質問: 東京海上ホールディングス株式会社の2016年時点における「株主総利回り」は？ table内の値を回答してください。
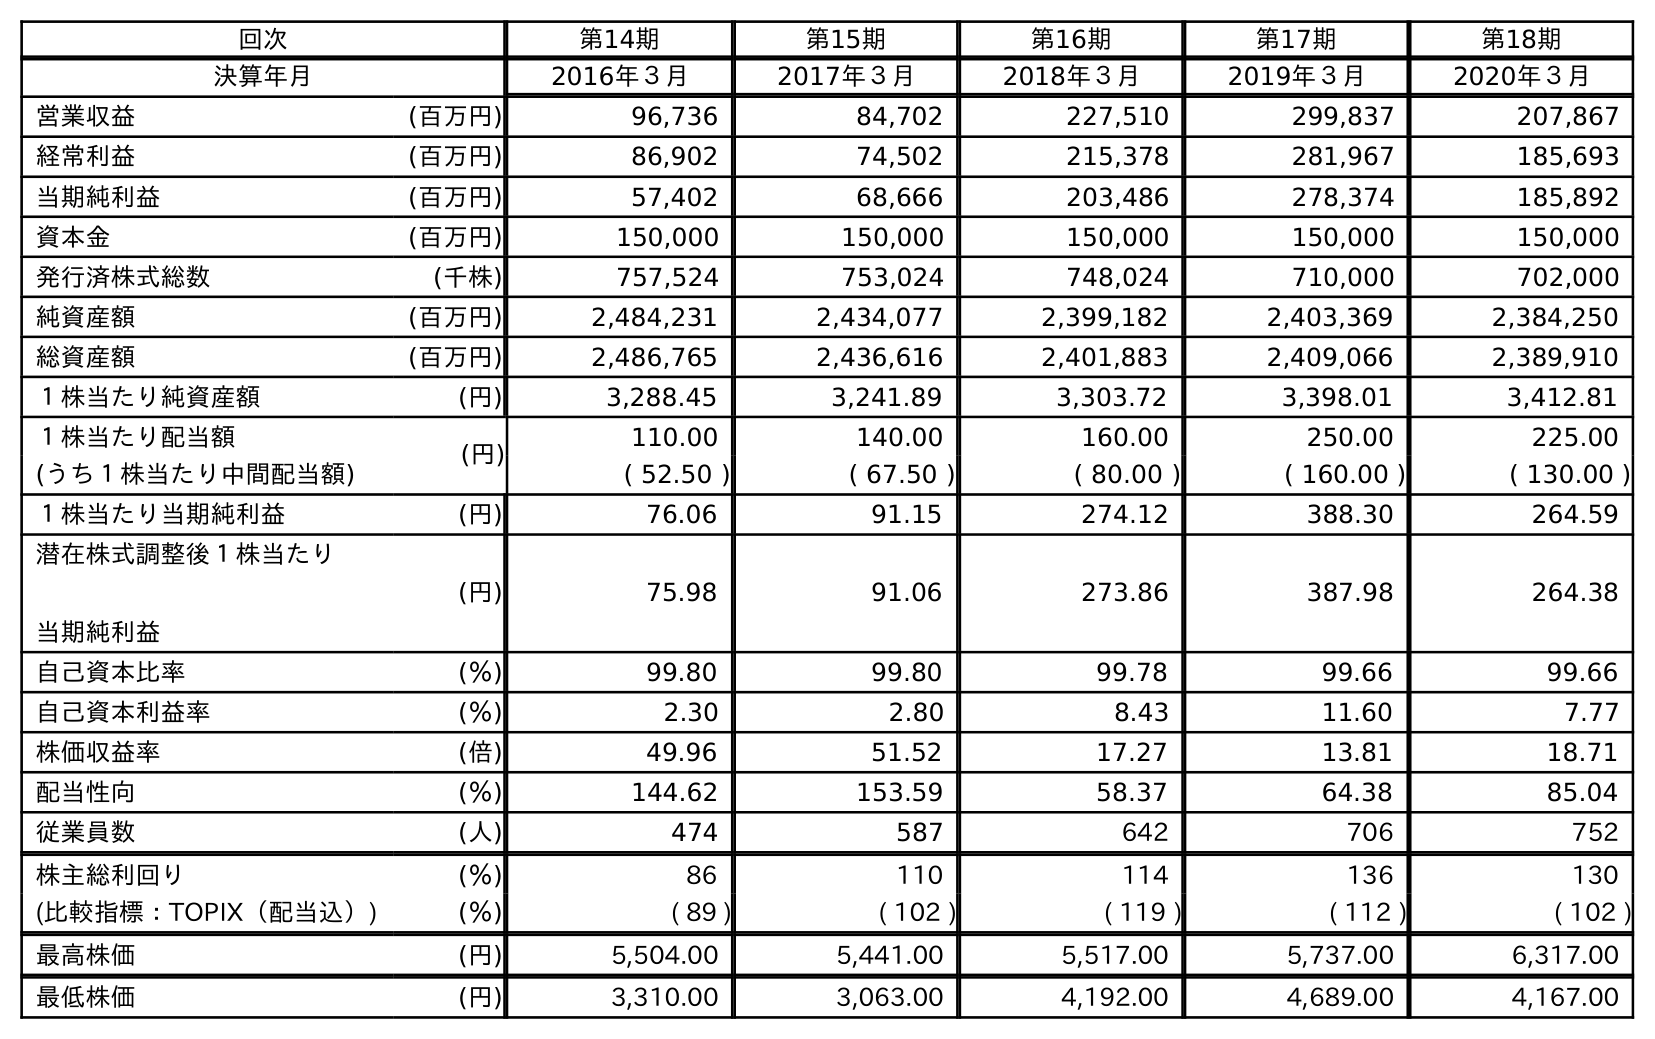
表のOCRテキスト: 回次 第14期 第15期 第16期 第17期 第18期 決算年月 2016年３月 2017年３月 2018年３月 2019年３月 2020年３月 営業収益 (百万円) 96,736 84,702 227,510 299,837 207,867 経常利益 (百万円) 86,902 74,502 215,378 281,967 185,693 当期純利益 (百万円) 57,402 68,666 203,486 278,374 185,892 資本金 (百万円) 150,000 150,000 150,000 150,000 150,000 発行済株式総数 (千株) 757,524 753,024 748,024 710,000 702,000 純資産額 (百万円) 2,484,231 2,434,077 2,399,182 2,403,369 2,384,250 総資産額 (百万円) 2,486,765 2,436,616 2,401,883 2,409,066 2,389,910 １株当たり純資産額 (円) 3,288.45 3,241.89 3,303.72 3,398.01 3,412.81 １株当たり配当額 (円) 110.00 140.00 160.00 250.00 225.00 (うち１株当たり中間配当額) ( 52.50 ) ( 67.50 ) ( 80.00 ) ( 160.00 ) ( 130.00 ) １株当たり当期純利益 (円) 76.06 91.15 274.12 388.30 264.59 潜在株式調整後１株当たり 当期純利益 (円) 75.98 91.06 273.86 387.98 264.38 自己資本比率 (％) 99.80 99.80 99.78 99.66 99.66 自己資本利益率 (％) 2.30 2.80 8.43 11.60 7.77 株価収益率 (倍) 49.96 51.52 17.27 13.81 18.71 配当性向 (％) 144.62 153.59 58.37 64.38 85.04 従業員数 (人) 474 587 642 706 752 株主総利回り (％) 86 110 114 136 130 (比較指標：TOPIX（配当込）) (％) ( 89 ) ( 102 ) ( 119 ) ( 112 ) ( 102 ) 最高株価 (円) 5,504.00 5,441.00 5,517.00 5,737.00 6,317.00 最低株価 (円) 3,310.00 3,063.00 4,192.00 4,689.00 4,167.00
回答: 86